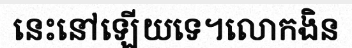
នេះនៅឡើយទេ។លោកងិន